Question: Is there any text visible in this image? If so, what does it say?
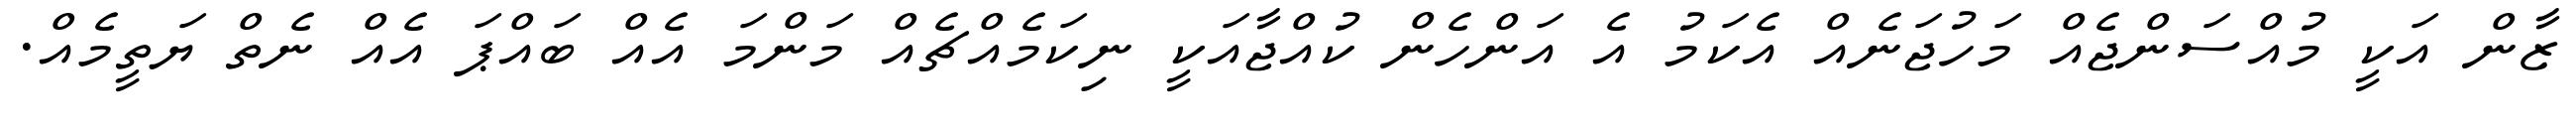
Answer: ޒާން އަކީ މުއްސަންޖެއް މަހުޖަނެއް އެކަމު އެ އަންހެން ކުއްޖާއަކީ ނިކަމެއްޗެއް މަންމަ އެއް ބައްޕަ އެއް ނެތް ޔަތީމެއް.